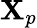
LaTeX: \mathbf{X}_{p}